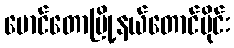
မောင်တောမြို့နယ်တောင်ပိုင်း